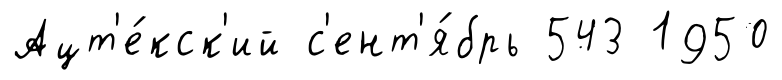
Ацт'е́кск'ий с'ент'я́брь 543 1950